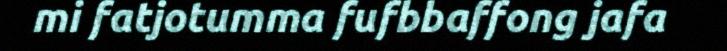
mi fatjotumma fufbbaffong jafa